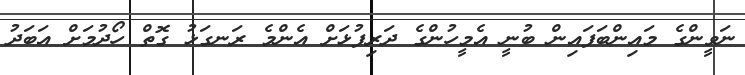
ނަވީންގެ މައިންބަފައިން ބުނީ އެމީހުންގެ ދަރިފުޅަށް އެންމެ ރަނގަޅު ގޮތް ހޯދުމަށް އަބަދު